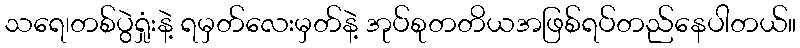
သရေ၊တစ်ပွဲရှုံးနဲ့ ရမှတ်လေးမှတ်နဲ့ အုပ်စုတတိယအဖြစ်ရပ်တည်နေပါတယ်။